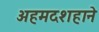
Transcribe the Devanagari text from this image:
अहमदशहाने